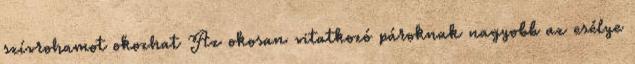
szívrohamot okozhat Az okosan vitatkozó pároknak nagyobb az esélye